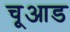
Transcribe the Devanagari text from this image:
चूआड